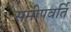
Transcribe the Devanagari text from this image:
समीपवर्ति